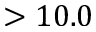
> 1 0 . 0